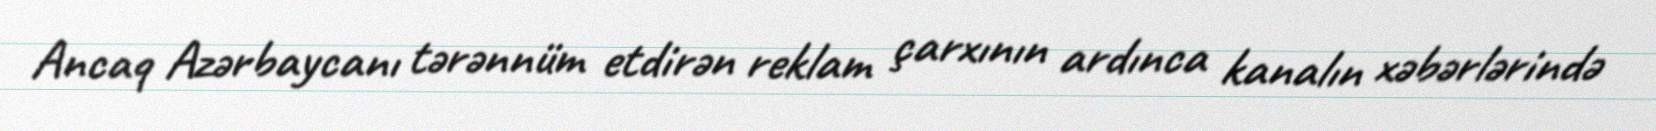
Ancaq Azərbaycanı tərənnüm etdirən reklam çarxının ardınca kanalın xəbərlərində